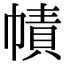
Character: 幘